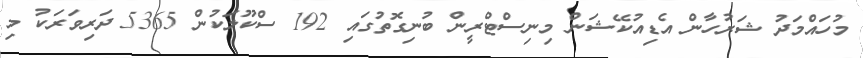
މުހައްމަދު ޝަރުހާން އެޑިއުކޭޝަން މިނިސްޓްރީން ބުނިގޮތުގައި 192 ސްކޫލަކުން 5365 ދަރިވަރަކު މި